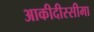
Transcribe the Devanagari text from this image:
आकीदीस्सीमा